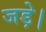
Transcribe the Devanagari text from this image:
जड़े।